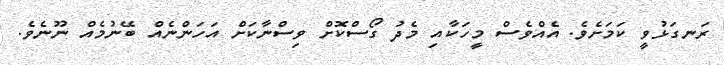
ރަނގަޅުވީ ކަމަށެވެ. އެއްވެސް މީހަކާއި މެދު ގޯސްކޮށް ވިސްނާކަށް އަހަންނެއް ބޭނުމެއް ނޫނެވެ.